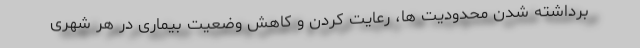
برداشته شدن محدودیت ها، رعایت کردن و کاهش وضعیت بیماری در هر شهری